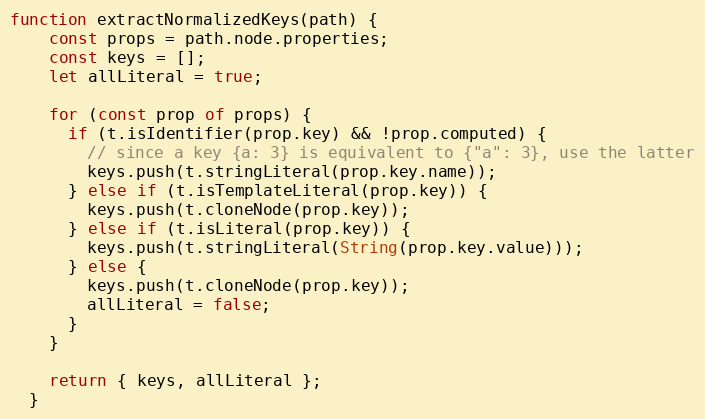
Language: JavaScript
function extractNormalizedKeys(path) {
    const props = path.node.properties;
    const keys = [];
    let allLiteral = true;

    for (const prop of props) {
      if (t.isIdentifier(prop.key) && !prop.computed) {
        // since a key {a: 3} is equivalent to {"a": 3}, use the latter
        keys.push(t.stringLiteral(prop.key.name));
      } else if (t.isTemplateLiteral(prop.key)) {
        keys.push(t.cloneNode(prop.key));
      } else if (t.isLiteral(prop.key)) {
        keys.push(t.stringLiteral(String(prop.key.value)));
      } else {
        keys.push(t.cloneNode(prop.key));
        allLiteral = false;
      }
    }

    return { keys, allLiteral };
  }